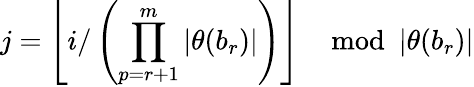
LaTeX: j=\left\lfloor i/\left(\prod_{p=r+1}^{m}|\theta(b_{r})|\right)\right\rfloor\mod|\theta(b_{r})|